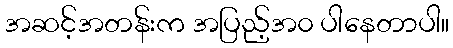
အဆင့်အတန်းက အပြည့်အ၀ ပါနေတာပါ။